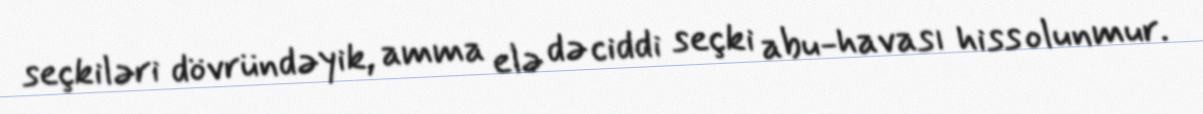
seçkiləri dövründəyik, amma elə də ciddi seçki abu-havası hiss olunmur.